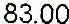
83.00